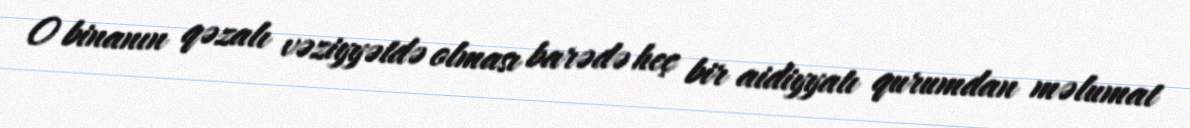
O binanın qəzalı vəziyyətdə olması barədə heç bir aidiyyatı qurumdan məlumat